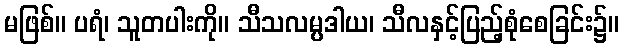
မဖြစ်။ ပရံ၊ သူတပါးကို။ သီသလမ္ပဒါယ၊ သီလနှင့်ပြည့်စုံစေခြင်း၌။